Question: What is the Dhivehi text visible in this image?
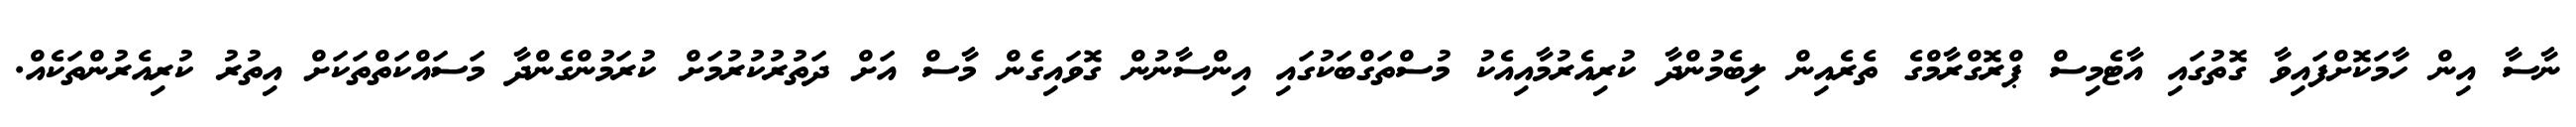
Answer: ނާސާ އިން ހާމަކޮށްފައިވާ ގޮތުގައި އާޓެމިސް ޕްރޮގްރާމްގެ ތެރެއިން ލިބެމުންދާ ކުރިއެރުމާއިއެކު މުސްތަގްބަކުގައި އިންސާނުން ގޮވައިގެން މާސް އަށް ދަތުރުކުރުމަށް ކުރަމުންގެންދާ މަސައްކަތްތަކަށް އިތުރު ކުރިއެރުންތަކެއް.